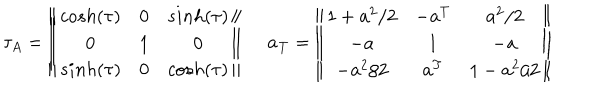
\tau _ { A } = \left\| \begin{array} { c c c } { { c o s h ( \tau ) } } & { { 0 } } & { { s i n h ( \tau ) } } \\ { { 0 } } & { { 1 } } & { { 0 } } \\ { { s i n h ( \tau ) } } & { { 0 } } & { { c o s h ( \tau ) } } \\ \end{array} \right\| \ \quad { \bf a } _ { \bf T } = \left\| \begin{array} { c c c } { { 1 + { \bf a } ^ { 2 } / 2 } } & { { - { \bf a } ^ { T } } } & { { { \bf a } ^ { 2 } / 2 } } \\ { { - { \bf a } } } & { { 1 } } & { { - { \bf a } } } \\ { { - { \bf a } ^ { 2 } / 2 } } & { { { \bf a } ^ { T } } } & { { 1 - { \bf a } ^ { 2 } / 2 } } \\ \end{array} \right\| \